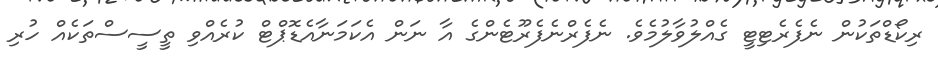
ރިކޯޑްތަކުން ނެފެރެޓިޓީ ގެއްލުވާލުމެވެ. ނެފެރްނެފެރޫޓެންގެ އާ ނަން އެކަމަނާއެޑޮޕްޓް ކުރެއްވި ތީސީސްތަކެއް ހުރި